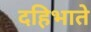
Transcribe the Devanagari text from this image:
दहिभाते